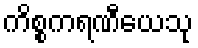
ကိစ္စကရဏီယေသု